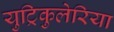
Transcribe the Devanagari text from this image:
युट्रिकुलेरिया